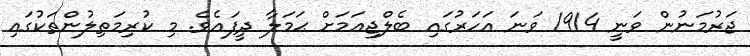
ޖަރުމަނުން ވަނީ 1914 ވަނަ އަހަރުގައި ބެލްޖިއަމަށް ޙަމަލާ ދީފައެވެ. މި ކުރިމަތިލުންތަކުގައި